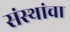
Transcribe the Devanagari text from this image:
संस्‍थांचा